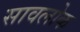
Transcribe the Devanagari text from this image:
सावलोक